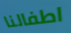
اطفالنا